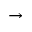
\rightarrow